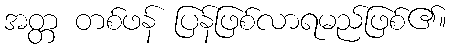
အတ္တ တစ်ဖန် ပြန်ဖြစ်လာရမည်ဖြစ်၏။